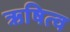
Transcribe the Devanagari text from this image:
ऋषित्व